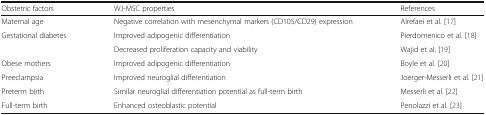
<table><thead><tr><td><b>Obstetric factors</b></td><td><b>WJ-MSC properties</b></td><td><b>References</b></td></tr></thead><tbody><tr><td>Maternal age</td><td>Negative correlation with mesenchymal markers (CD105/CD29) expression</td><td>Alrefaei et al. [17]</td></tr><tr><td rowspan="2">Gestational diabetes</td><td>Improved adipogenic differentiation</td><td>Pierdomenico et al. [18]</td></tr><tr><td>Decreased proliferation capacity and viability</td><td>Wajid et al. [19]</td></tr><tr><td>Obese mothers</td><td>Improved adipogenic differentiation</td><td>Boyle et al. [20]</td></tr><tr><td>Preeclampsia</td><td>Improved neuroglial differentiation</td><td>Joerger-Messerli et al. [21]</td></tr><tr><td>Preterm birth</td><td>Similar neuroglial differentiation potential as full-term birth</td><td>Messerli et al. [22]</td></tr><tr><td>Full-term birth</td><td>Enhanced osteoblastic potential</td><td>Penolazzi et al. [23]</td></tr></tbody></table>